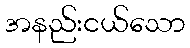
အနည်းငယ်သော